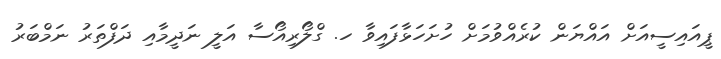
ޕީއައިސީއަށް އައްޔަން ކުރެއްވުމަށް ހުށަހަޅާފައިވާ ހ. ގްލޯރިއޯސާ އަލީ ނަދީމާއި ދަފްތަރު ނަމްބަރު